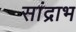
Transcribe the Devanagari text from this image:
सांद्राभ